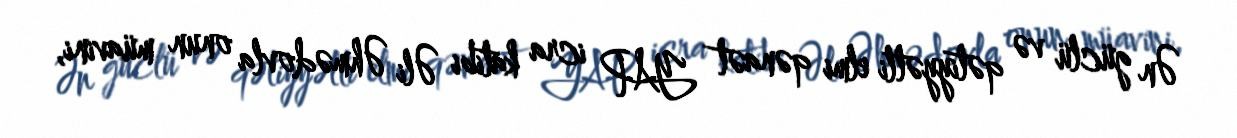
Ən güclü və qətiyyətli elmi qənaət YAP icra katibi Əli Əhmədovla onun müavini,